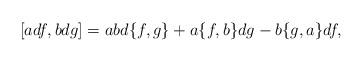
LaTeX: \begin{align*}[a df, bdg]= abd\{f, g\}+ a\{f, b\}dg-b\{g, a\}df,\end{align*}